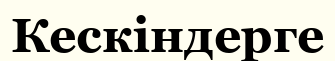
Кескіндерге